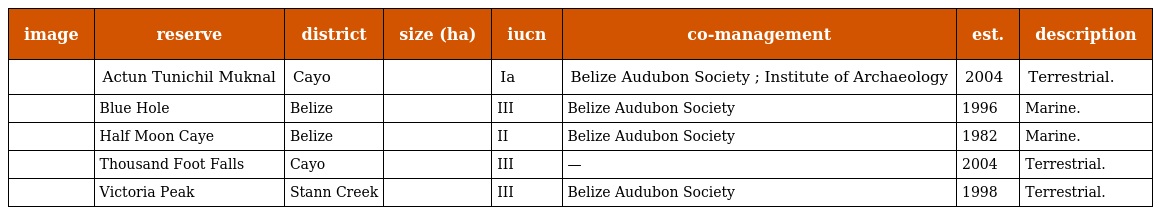
| image | reserve | district | size (ha) | iucn | co-management | est. | description |
 | --- | --- | --- | --- | --- | --- | --- | --- |
 |  | Actun Tunichil Muknal | Cayo |  | Ia | Belize Audubon Society ; Institute of Archaeology | 2004 | Terrestrial. |
 |  | Blue Hole | Belize |  | III | Belize Audubon Society | 1996 | Marine. |
 |  | Half Moon Caye | Belize |  | II | Belize Audubon Society | 1982 | Marine. |
 |  | Thousand Foot Falls | Cayo |  | III | — | 2004 | Terrestrial. |
 |  | Victoria Peak | Stann Creek |  | III | Belize Audubon Society | 1998 | Terrestrial. |